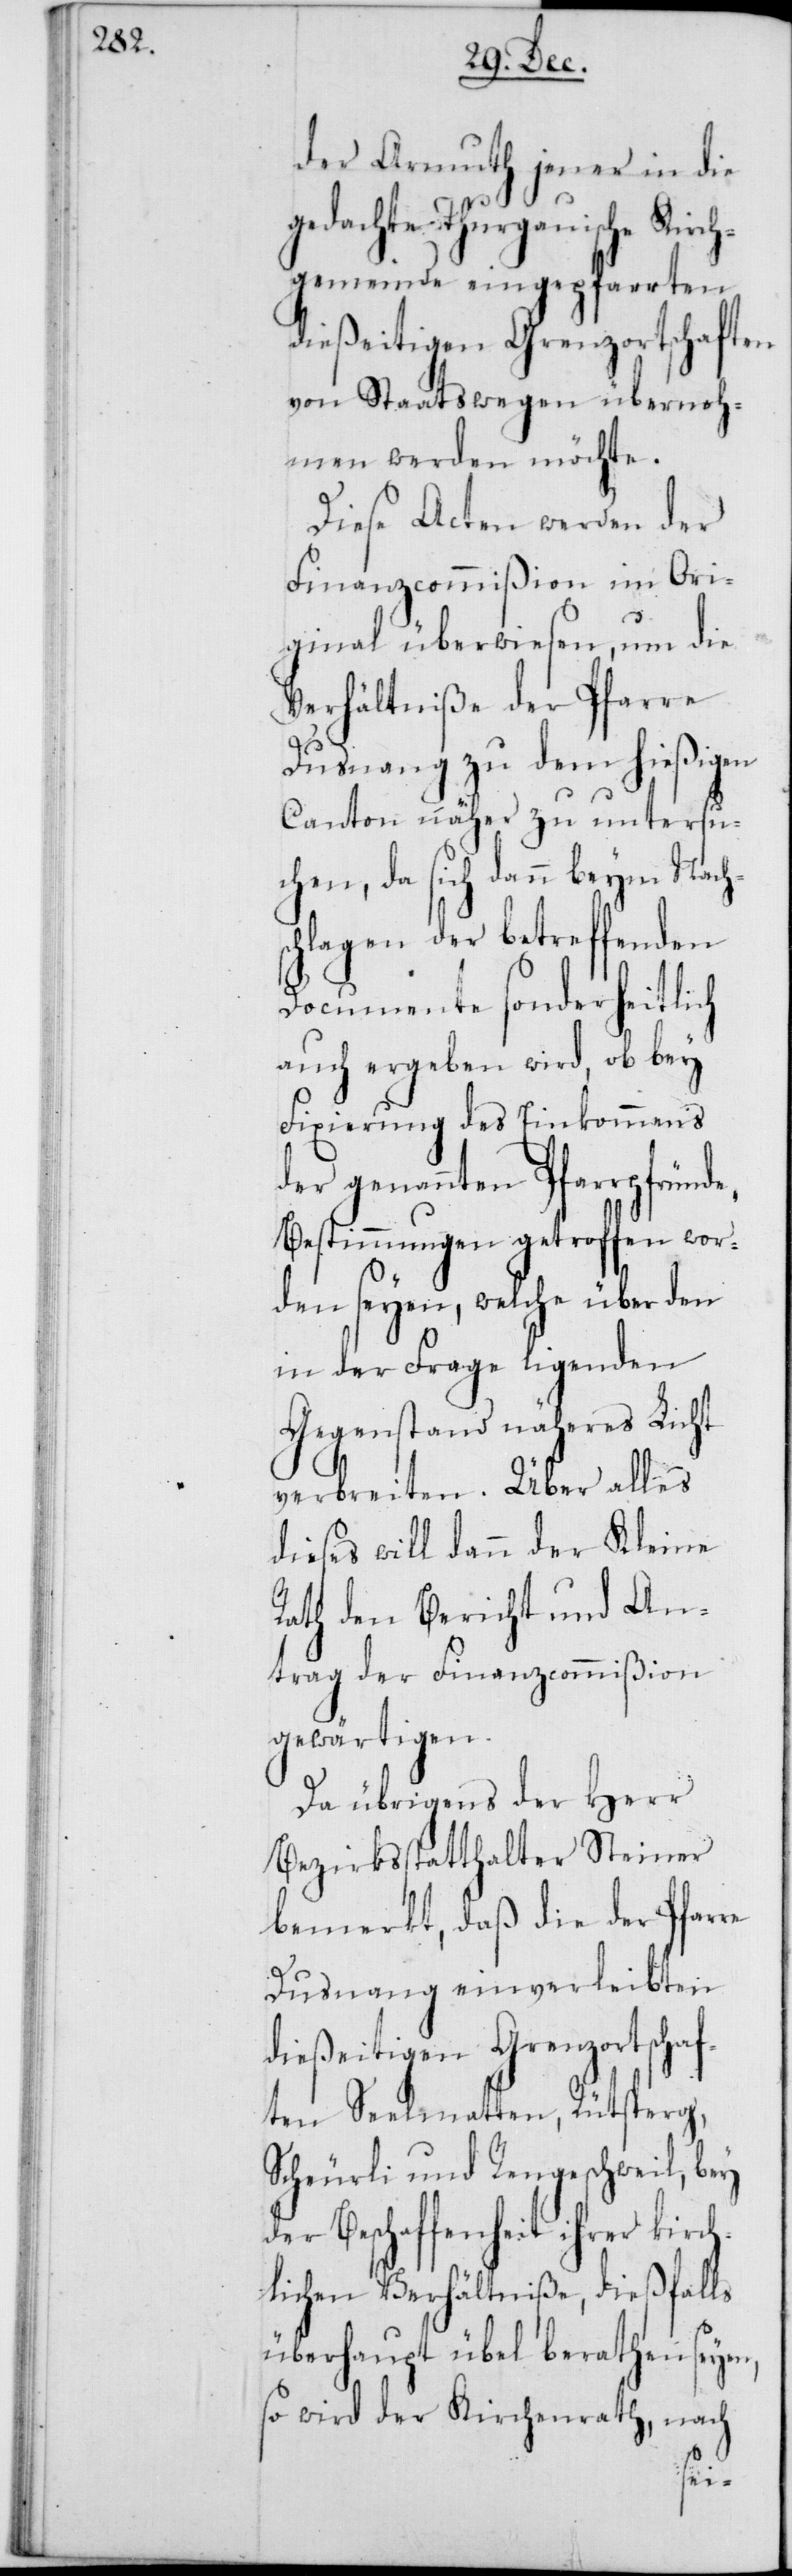
der Armuth jener in die
gedachte Thurgauische Kirc¬
hgemeinde eingepfarrten
dießeitigen Grenzortschaften
von Staatswegen übernoh¬
men werden möchte.
Diese Acten werden der
Finanzcommißion im Ori¬
ginal überwiesen, um die
Verhältniße der Pfarre
Dusnang zu dem hießigen
Canton näher zu untersu¬
chen, da sich dann beym Nachs¬
chlagen der betreffenden
Documente sonderheitlich
auch ergeben wird, ob bey
Fixierung des Einkommens
der genannten Pfarrpfründe
Bestimmungen getroffen wor¬
den seyen, welche über den
in der Frage ligenden
Gegenstand näheres Licht
verbreiten. Über alles
dieses will dann der Kleine
Rath den Bericht und An¬
trag der Finanzcommißion
gewärtigen.
Da übrigens der Herr
Bezirksstatthalter Steiner
bemerkt, daß die der Pfarre
Dusnang einverleibten
dießeitigen Grenzortschaf¬
ten Seelmatten, Rütsperg,
Scheurli und Rengerswil, bey
der Beschaffenheit ihrer kirch¬
lichen Verhältniße, dießfalls
überhaupt übel berathen seyen,
so wird der Kirchenrath, nach